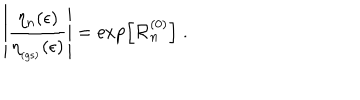
LaTeX: \left| \frac { \eta _ { n } ( \epsilon ) } { \eta _ { _ \mathrm { ( g s ) } } ( \epsilon ) } \right| = \exp \left[ { \mathcal R } _ { n } ^ { ( 0 ) } \right] \; .